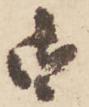
御